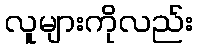
လူများကိုလည်း